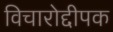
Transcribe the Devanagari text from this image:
विचारोद्दीपक